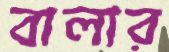
বালার